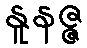
နူနဇ္ဇ